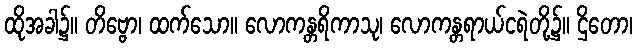
ထိုအခါ၌။ တိဗ္ဗော၊ ထက်သော။ လောကန္တရိကာသု၊ လောကန္တရာယ်ငရဲတို့၌။ ဌိတော၊